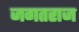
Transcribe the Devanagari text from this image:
जगतराज